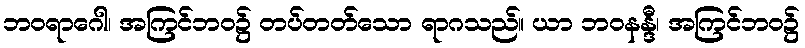
ဘဝရာဂေါ၊ အကြင်ဘဝ၌ တပ်တတ်သော ရာဂသည်။ ယာ ဘဝနန္ဒီ၊ အကြင်ဘဝ၌